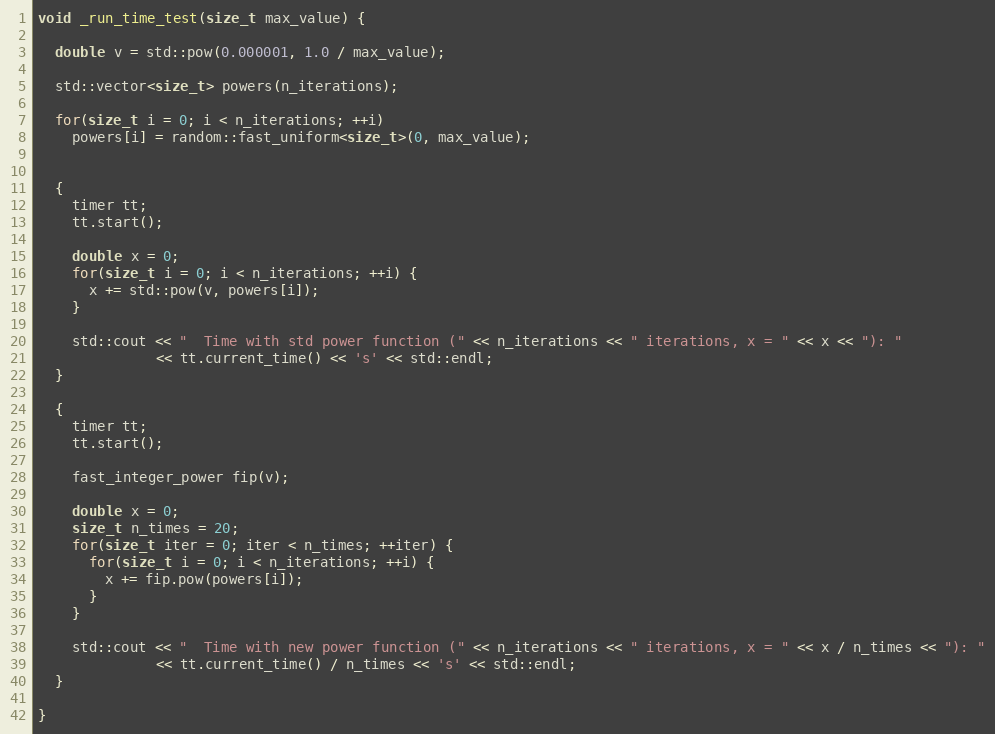
Language: C++
void _run_time_test(size_t max_value) {

  double v = std::pow(0.000001, 1.0 / max_value);

  std::vector<size_t> powers(n_iterations);

  for(size_t i = 0; i < n_iterations; ++i)
    powers[i] = random::fast_uniform<size_t>(0, max_value);

  {
    timer tt;
    tt.start();

    double x = 0;
    for(size_t i = 0; i < n_iterations; ++i) {
      x += std::pow(v, powers[i]);
    }

    std::cout << "  Time with std power function (" << n_iterations << " iterations, x = " << x << "): "
              << tt.current_time() << 's' << std::endl;
  }

  {
    timer tt;
    tt.start();

    fast_integer_power fip(v);

    double x = 0;
    size_t n_times = 20;
    for(size_t iter = 0; iter < n_times; ++iter) {
      for(size_t i = 0; i < n_iterations; ++i) {
        x += fip.pow(powers[i]);
      }
    }

    std::cout << "  Time with new power function (" << n_iterations << " iterations, x = " << x / n_times << "): "
              << tt.current_time() / n_times << 's' << std::endl;
  }

}